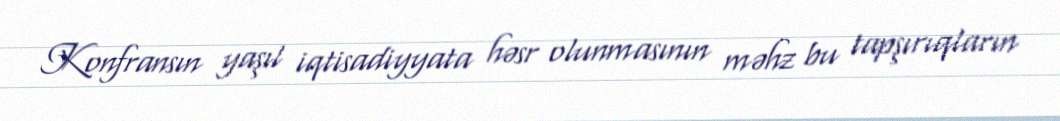
Konfransın yaşıl iqtisadiyyata həsr olunmasının məhz bu tapşırıqların